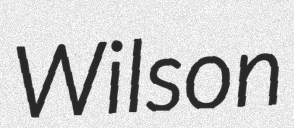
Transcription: Wilson